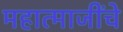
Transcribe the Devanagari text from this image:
महात्माजींचे